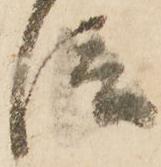
信